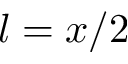
l = x / 2